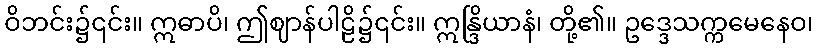
ဝိဘင်း၌၎င်း။ ဣဓာပိ၊ ဤဈာန်ပါဠိ၌၎င်း။ ဣန္ဒြိယာနံ၊ တို့၏။ ဥဒ္ဒေသက္ကမေနေဝ၊